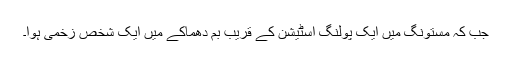
جب کہ مستونگ میں ایک پولنگ اسٹیشن کے قریب بم دھماکے میں ایک شخص زخمی ہوا۔